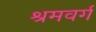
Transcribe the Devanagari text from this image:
श्रमवर्ग